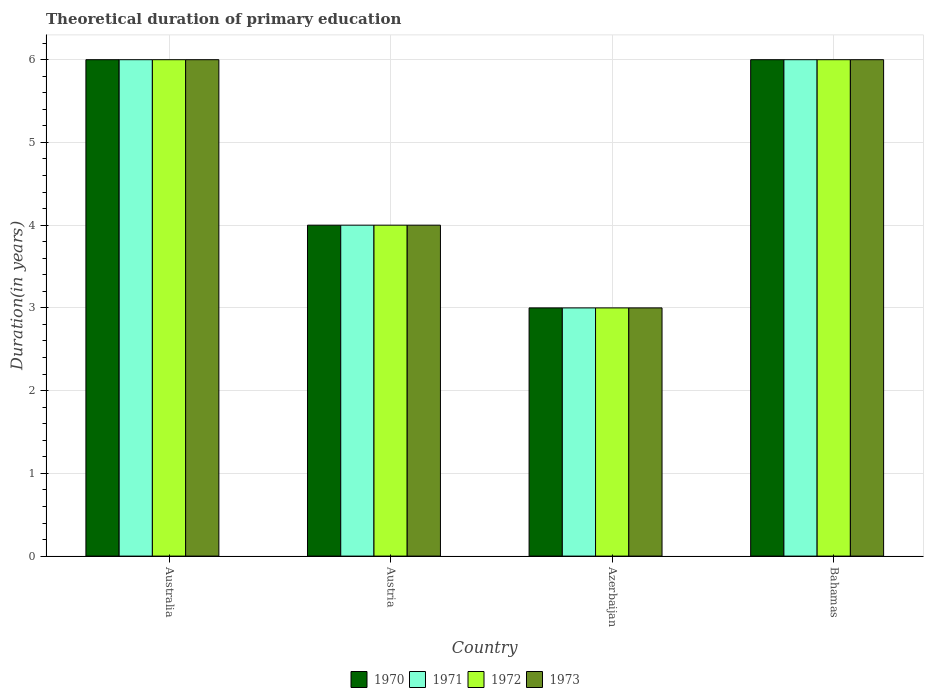
| Country | 1970 | 1971 | 1972 | 1973 |
 | --- | --- | --- | --- | --- |
 | Australia | 6 | 6 | 6 | 6 |
 | Austria | 4 | 4 | 4 | 4 |
 | Azerbaijan | 3 | 3 | 3 | 3 |
 | Bahamas | 6 | 6 | 6 | 6 |